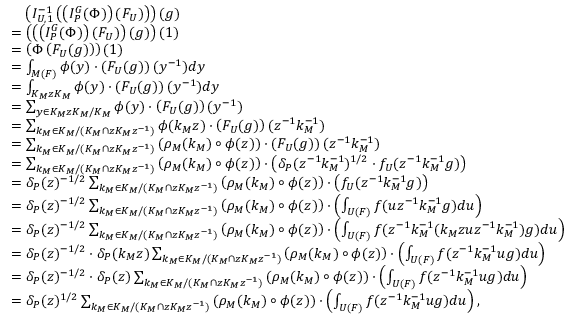
\begin{array} { r l } & { \quad \left( I _ { U , 1 } ^ { - 1 } \left( \left( I _ { P } ^ { G } ( \Phi ) \right) ( F _ { U } ) \right) \right) ( g ) } \\ & { = \left( \left( \left( I _ { P } ^ { G } ( \Phi ) \right) ( F _ { U } ) \right) ( g ) \right) ( 1 ) } \\ & { = \left( \Phi \left( F _ { U } ( g ) \right) \right) ( 1 ) } \\ & { = \int _ { M ( F ) } \phi ( y ) \cdot \left( F _ { U } ( g ) \right) ( y ^ { - 1 } ) d y } \\ & { = \int _ { K _ { M } z K _ { M } } \phi ( y ) \cdot \left( F _ { U } ( g ) \right) ( y ^ { - 1 } ) d y } \\ & { = \sum _ { y \in K _ { M } z K _ { M } / K _ { M } } \phi ( y ) \cdot \left( F _ { U } ( g ) \right) ( y ^ { - 1 } ) } \\ & { = \sum _ { k _ { M } \in K _ { M } / ( K _ { M } \cap z K _ { M } z ^ { - 1 } ) } \phi ( k _ { M } z ) \cdot \left( F _ { U } ( g ) \right) ( z ^ { - 1 } k _ { M } ^ { - 1 } ) } \\ & { = \sum _ { k _ { M } \in K _ { M } / ( K _ { M } \cap z K _ { M } z ^ { - 1 } ) } \left( \rho _ { M } ( k _ { M } ) \circ \phi ( z ) \right) \cdot \left( F _ { U } ( g ) \right) ( z ^ { - 1 } k _ { M } ^ { - 1 } ) } \\ & { = \sum _ { k _ { M } \in K _ { M } / ( K _ { M } \cap z K _ { M } z ^ { - 1 } ) } \left( \rho _ { M } ( k _ { M } ) \circ \phi ( z ) \right) \cdot \left( \delta _ { P } ( z ^ { - 1 } k _ { M } ^ { - 1 } ) ^ { 1 / 2 } \cdot f _ { U } ( z ^ { - 1 } k _ { M } ^ { - 1 } g ) \right) } \\ & { = \delta _ { P } ( z ) ^ { - 1 / 2 } \sum _ { k _ { M } \in K _ { M } / ( K _ { M } \cap z K _ { M } z ^ { - 1 } ) } \left( \rho _ { M } ( k _ { M } ) \circ \phi ( z ) \right) \cdot \left( f _ { U } ( z ^ { - 1 } k _ { M } ^ { - 1 } g ) \right) } \\ & { = \delta _ { P } ( z ) ^ { - 1 / 2 } \sum _ { k _ { M } \in K _ { M } / ( K _ { M } \cap z K _ { M } z ^ { - 1 } ) } \left( \rho _ { M } ( k _ { M } ) \circ \phi ( z ) \right) \cdot \left( \int _ { U ( F ) } f ( u z ^ { - 1 } k _ { M } ^ { - 1 } g ) d u \right) } \\ & { = \delta _ { P } ( z ) ^ { - 1 / 2 } \sum _ { k _ { M } \in K _ { M } / ( K _ { M } \cap z K _ { M } z ^ { - 1 } ) } \left( \rho _ { M } ( k _ { M } ) \circ \phi ( z ) \right) \cdot \left( \int _ { U ( F ) } f ( z ^ { - 1 } k _ { M } ^ { - 1 } ( k _ { M } z u z ^ { - 1 } k _ { M } ^ { - 1 } ) g ) d u \right) } \\ & { = \delta _ { P } ( z ) ^ { - 1 / 2 } \cdot \delta _ { P } ( k _ { M } z ) \sum _ { k _ { M } \in K _ { M } / ( K _ { M } \cap z K _ { M } z ^ { - 1 } ) } \left( \rho _ { M } ( k _ { M } ) \circ \phi ( z ) \right) \cdot \left( \int _ { U ( F ) } f ( z ^ { - 1 } k _ { M } ^ { - 1 } u g ) d u \right) } \\ & { = \delta _ { P } ( z ) ^ { - 1 / 2 } \cdot \delta _ { P } ( z ) \sum _ { k _ { M } \in K _ { M } / ( K _ { M } \cap z K _ { M } z ^ { - 1 } ) } \left( \rho _ { M } ( k _ { M } ) \circ \phi ( z ) \right) \cdot \left( \int _ { U ( F ) } f ( z ^ { - 1 } k _ { M } ^ { - 1 } u g ) d u \right) } \\ & { = \delta _ { P } ( z ) ^ { 1 / 2 } \sum _ { k _ { M } \in K _ { M } / ( K _ { M } \cap z K _ { M } z ^ { - 1 } ) } \left( \rho _ { M } ( k _ { M } ) \circ \phi ( z ) \right) \cdot \left( \int _ { U ( F ) } f ( z ^ { - 1 } k _ { M } ^ { - 1 } u g ) d u \right) , } \end{array}